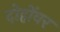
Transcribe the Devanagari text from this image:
दोहोंवर